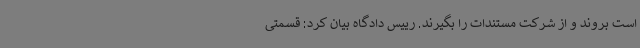
است بروند و از شرکت مستندات را بگیرند. رییس دادگاه بیان کرد: قسمتی